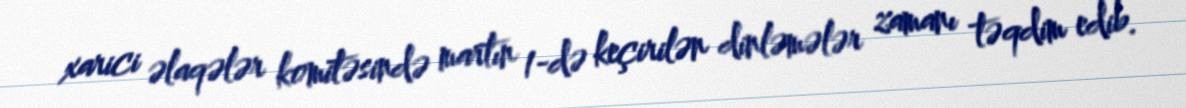
xarici əlaqələr komitəsində martın 1-də keçirilən dinləmələr zamanı təqdim edib.